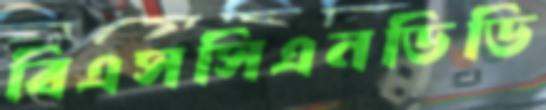
বিএসসিএনডিডি